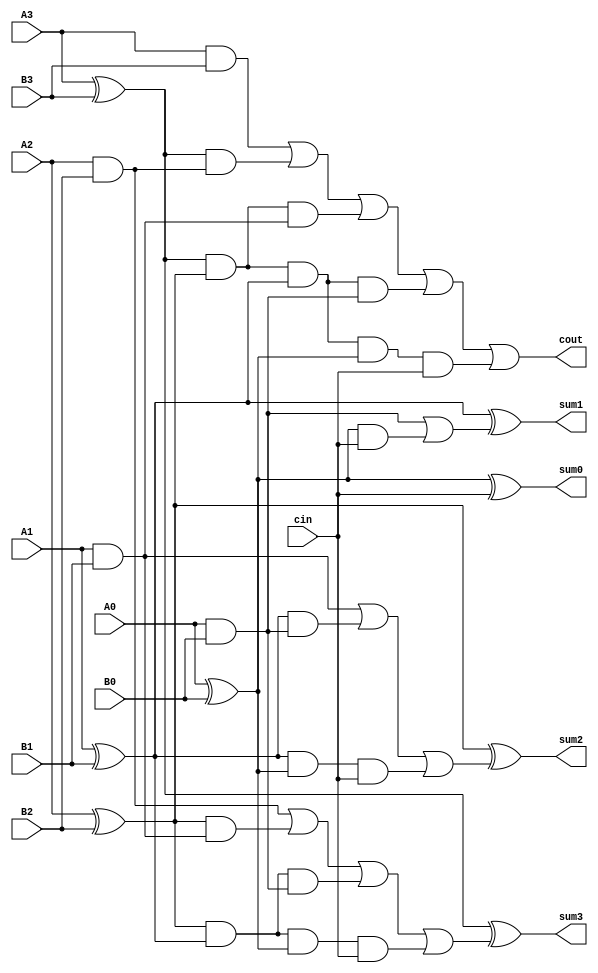
`timescale 1ns / 1ps


module CLA (input A0, input A1, input A2, input A3,
            input B0, input B1, input B2, input B3,
            input cin, output cout, 
            output sum0,output sum1, output sum2, output sum3 );
            
            wire p0,p1,p2,p3,g0,g1,g2,g3,c0,c1,c2,c3;
            
            assign p0= (A0^B0);
            assign p1= (A1^B1);
            assign p2= (A2^B2);
            assign p3= (A3^B3);
            
            assign g0= (A0&B0);
            assign g1= (A1&B1);
            assign g2= (A2&B2);
            assign g3= (A3&B3);
            
            assign c0= cin;
            assign c1= g0|(p0&c0);
            assign c2= g1|(p1&g0)|(p1&p0&c0);
            assign c3= g2|(p2&g1)|(p2&p1&g0)|(p2&p1&p0&c0);
            
            assign sum0= p0^c0;
            assign sum1= p1^c1;
            assign sum2= p2^c2;
            assign sum3= p3^c3;
            assign cout= g3|(p3&g2)|(p3&p2&g1)|(p3&p2&p1&g0)|(p3&p2&p1&p0&c0);
            
            
endmodule

/*
module andXor(input x,input y, output X, output Y);

    wire xorWire,andWire;
    assign xorWire = x^y;
    assign andWire = x&y;
    assign X = x;
    assign Y = y;

endmodule
*/

module CLAv2 (input A0, input A1, input A2, input A3,
            input B0, input B1, input B2, input B3,
            input cin, output cout, 
            output sum0,output sum1, output sum2, output sum3, output overflow );
            
            wire p0,p1,p2,p3,g0,g1,g2,g3,c0,c1,c2,c3;
            
            assign p0= (A0^B0);
            assign p1= (A1^B1);
            assign p2= (A2^B2);
            assign p3= (A3^B3);
            
            assign g0= (A0&B0);
            assign g1= (A1&B1);
            assign g2= (A2&B2);
            assign g3= (A3&B3);
            
            assign c0= cin;
            assign c1= g0|(p0&c0);
            assign c2= g1|(p1&g0)|(p1&p0&c0);
            assign c3= g2|(p2&g1)|(p2&p1&g0)|(p2&p1&p0&c0);
            
            assign sum0= p0^c0;
            assign sum1= p1^c1;
            assign sum2= p2^c2;
            assign sum3= p3^c3;
            assign cout= g3|(p3&g2)|(p3&p2&g1)|(p3&p2&p1&g0)|(p3&p2&p1&p0&c0);
            assign overflow = cout^c3;
            
            
endmodule



module Hybrid16bit(A15,A14,A13,A12,A11,A10,A9,A8,A7,A6,A5,A4,A3,A2,A1,A0,
              B15,B14,B13,B12,B11,B10,B9,B8,B7,B6,B5,B4,B3,B2,B1,B0,
              C15,C14,C13,C12,C11,C10,C9,C8,C7,C6,C5,C4,C3,C2,C1,C0,
              SUB, OVF);
              
              
              input A15,A14,A13,A12,A11,A10,A9,A8,A7,A6,A5,A4,A3,A2,A1,A0;
              input B15,B14,B13,B12,B11,B10,B9,B8,B7,B6,B5,B4,B3,B2,B1,B0;
              input SUB;
              output OVF;
              output C15,C14,C13,C12,C11,C10,C9,C8,C7,C6,C5,C4,C3,C2,C1,C0;
              
               /*
                 
               wire [15:0] Ain;
               assign Ain[0] = A0^B0;
               assign Ain[1] = A1^B1;
               assign Ain[2] = A2^B2;
               assign Ain[3] = A3^B3;
               assign Ain[4] = A4^B4;                          
               assign Ain[5] = A5^B5;
               assign Ain[6] = A6^B6;
               assign Ain[7] = A7^B7;                   
               assign Ain[8] = A8^B8;
               assign Ain[9] = A9^B9;
               assign Ain[10] = A10^B10;
               assign Ain[11] = A11^B11;
               assign Ain[12] = A12^B12;                          
               assign Ain[13] = A13^B13;
               assign Ain[14] = A14^B14;
               assign Ain[15] = A15^B15;
               
               
               
               wire [15:0] Bin;
               assign Bin[0] = A0&B0;
               assign Bin[1] = A1&B1;
               assign Bin[2] = A2&B2;
               assign Bin[3] = A3&B3;
               assign Bin[4] = A4&B4;                          
               assign Bin[5] = A5&B5;
               assign Bin[6] = A6&B6;
               assign Bin[7] = A7&B7;                                 
               assign Bin[8] = A8&B8;
               assign Bin[9] = A9&B9;
               assign Bin[10] = A10&B10;
               assign Bin[11] = A11&B11;
               assign Bin[12] = A12&B12;                          
               assign Bin[13] = A13&B13;
               assign Bin[14] = A14&B14;
               assign Bin[15] = A15&B15;
               */
               
                   wire [15:0] bin;
                   assign bin[0] = B0^SUB;
                   assign bin[1] = B1^SUB;
                   assign bin[2] = B2^SUB;
                   assign bin[3] = B3^SUB;
                   assign bin[4] = B4^SUB;                          
                   assign bin[5] = B5^SUB;
                   assign bin[6] = B6^SUB;
                   assign bin[7] = B7^SUB;
                   
                   assign bin[8] = B8^SUB;
                   assign bin[9] = B9^SUB;
                   assign bin[10] = B10^SUB;
                   assign bin[11] = B11^SUB;
                   assign bin[12] = B12^SUB;                          
                   assign bin[13] = B13^SUB;
                   assign bin[14] = B14^SUB;
                   assign bin[15] = B15^SUB;
                      
               wire [4:1] carry;               
               
               CLA Carry1(A0,A1,A2,A3,bin[0],bin[1],bin[2],bin[3],SUB,carry[1],C0,C1,C2,C3);
               CLA Carry2(A4,A5,A6,A7,bin[4],bin[5],bin[6],bin[7],carry[1],carry[2],C4,C5,C6,C7);
               CLA Carry3(A8,A9,A10,A11,bin[8],bin[9],bin[10],bin[11],carry[2],carry[3],C8,C9,C10,C11);
               CLAv2 Carry4(A12,A13,A14,A15,bin[12],bin[13],bin[14],bin[15],carry[3],carry[4],C12,C13,C14,C15,OVF);
               
               /*
                CLA Carry1(Ain[0],Ain[1],Ain[2],Ain[3],Bin[0],Bin[1],Bin[2],Bin[3],SUB,carry[1],C0,C1,C2,C3);
                CLA Carry2(Ain[4],Ain[5],Ain[6],Ain[7],Bin[4],Bin[5],Bin[6],Bin[7],carry[1],carry[2],C4,C5,C6,C7);
                CLA Carry3(Ain[8],Ain[9],Ain[10],Ain[11],Bin[8],Bin[9],Bin[10],Bin[11],carry[2],carry[3],C8,C9,C10,C11);
                CLA Carry4(Ain[12],Ain[13],Ain[14],Ain[15],Bin[12],Bin[13],Bin[14],Bin[15],carry[3],carry[4],C12,C13,C14,C15);
               */
               //assign OVF = carry[3]^carry[4];
                
              
endmodule